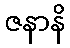
ဇနာနိ